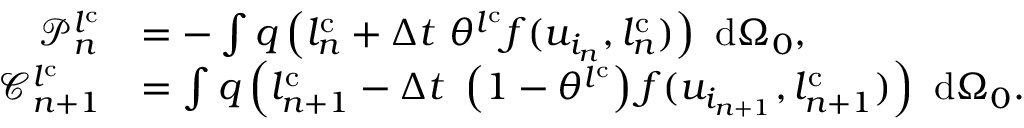
\begin{array} { r l } { \mathscr { P } _ { n } ^ { l ^ { \mathrm { { c } } } } } & { = - \int q \left( l _ { n } ^ { \mathrm { c } } + \Delta t \ \theta ^ { l ^ { \mathrm { { c } } } } f ( u _ { i _ { n } } , l _ { n } ^ { \mathrm { c } } ) \right) \ \mathrm { d } { \Omega _ { 0 } } , } \\ { \mathscr { C } _ { n + 1 } ^ { l ^ { \mathrm { { c } } } } } & { = \int q \left( l _ { n + 1 } ^ { \mathrm { c } } - \Delta t \ \left( 1 - \theta ^ { l ^ { \mathrm { { c } } } } \right) f ( u _ { i _ { n + 1 } } , l _ { n + 1 } ^ { \mathrm { c } } ) \right) \ \mathrm { d } { \Omega _ { 0 } } . } \end{array}